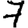
Digit: 7